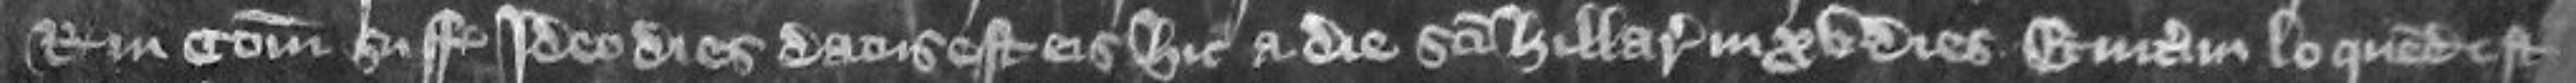
regis in comitatu Suff Ideo dies datus est hic a die Sancti Hilarii in xv dies Et interim loquendum est